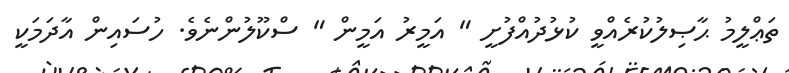
ތަޢްލީމު ޙާޞިލުކުރެއްވީ ކުޅުދުއްފުށީ " އަމީރު އަމީން " ސްކޫލުންނެވެ. ހުސައިން އާދަމަކީ